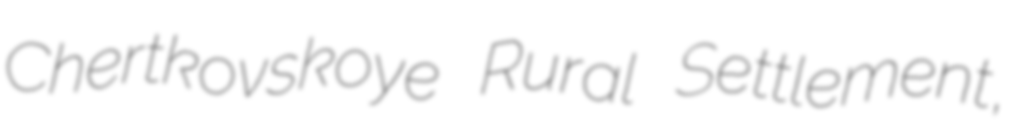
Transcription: Chertkovskoye Rural Settlement,